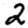
Digit: 2